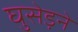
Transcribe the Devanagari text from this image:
घुसेड़ने